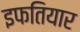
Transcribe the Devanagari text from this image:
इफतियार